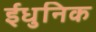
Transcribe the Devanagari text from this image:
ईधुनिक